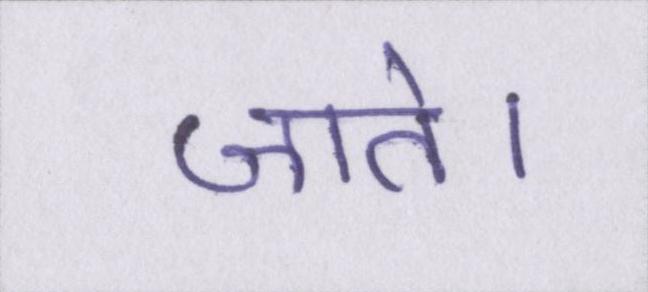
जाते।